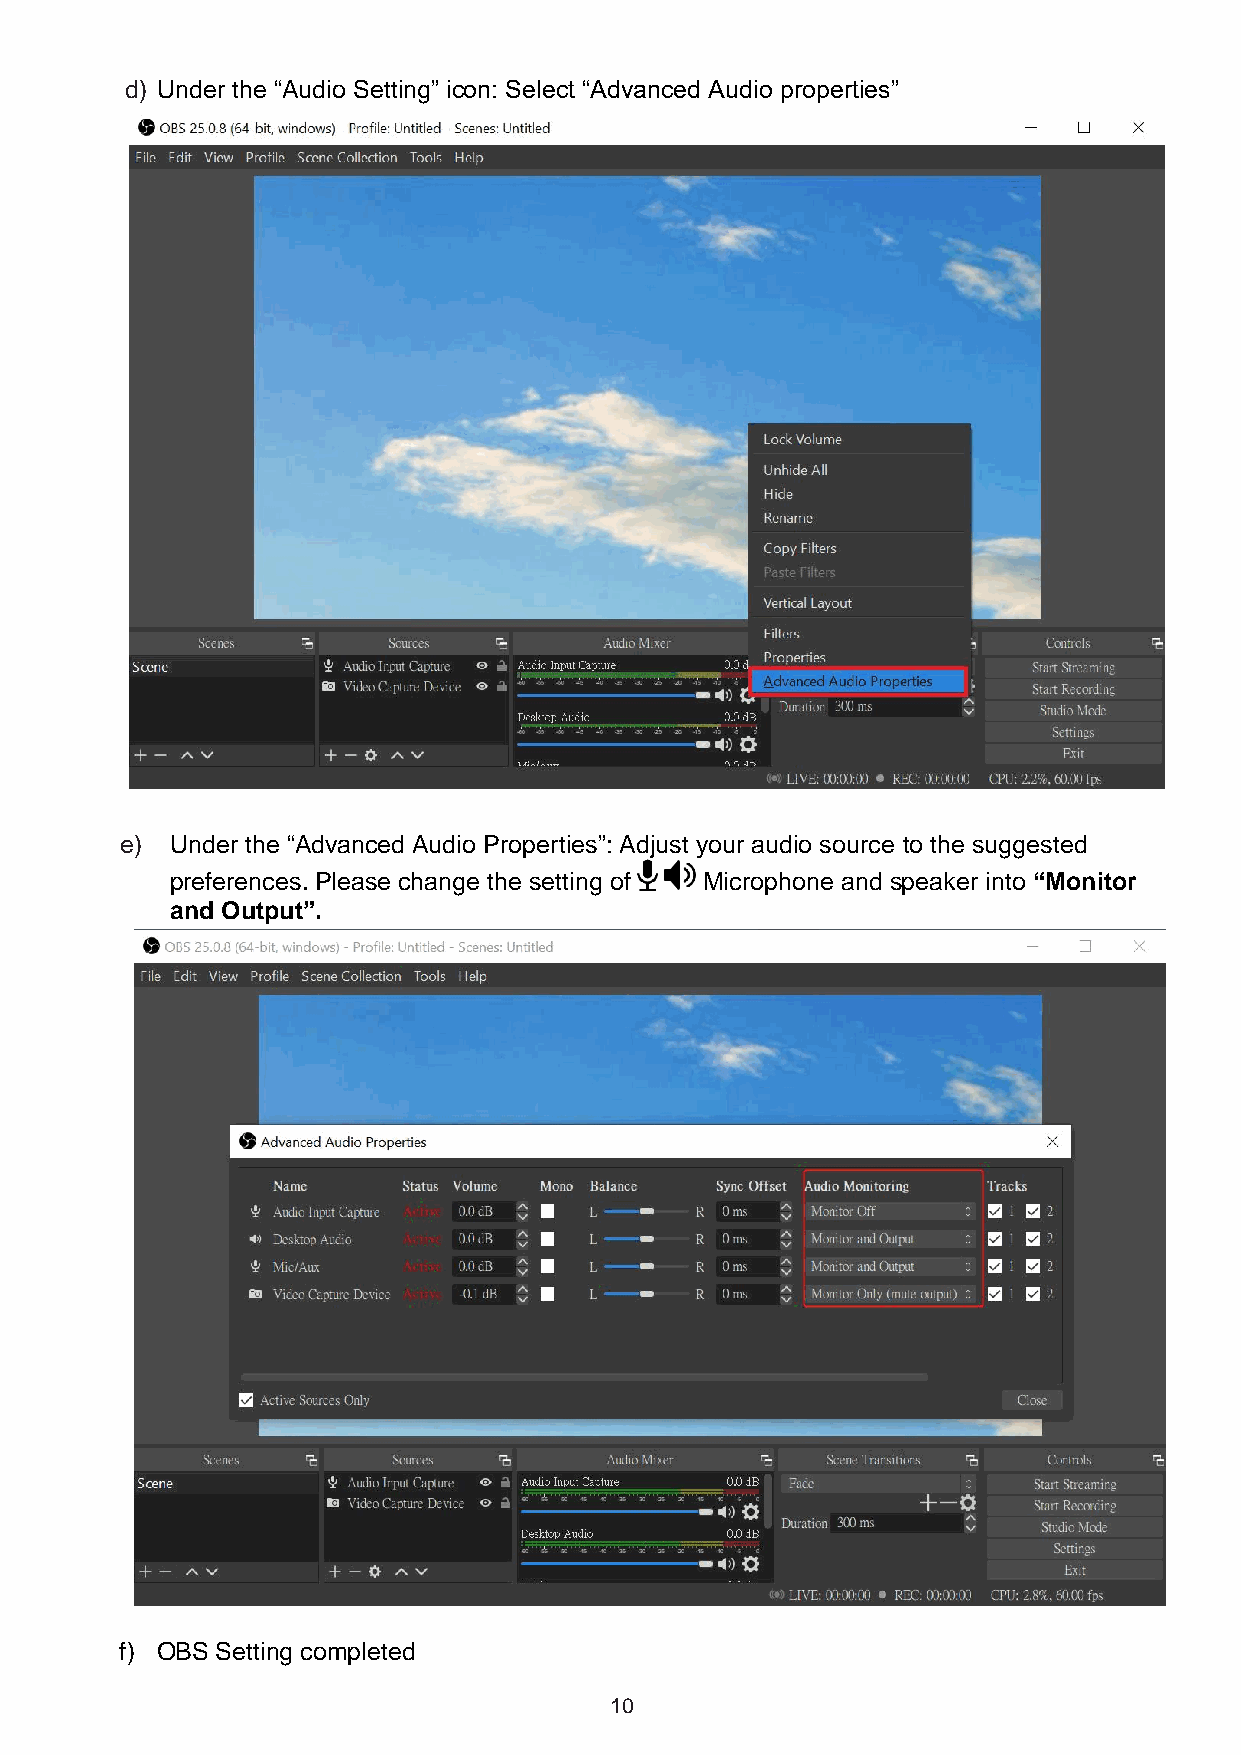
d) Under the “Audio Setting” icon: Select “Advanced Audio properties”
 e) Under the “Advanced Audio Properties”: Adjust your audio source to the suggested
 preferences. Please change the setting of Microphone and speaker into “Monitor
 and Output”.
 f) OBS Setting completed
 10